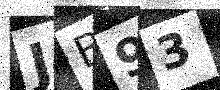
Text: JB93